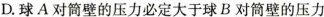
D.球A对筒壁的压力必定大于球B对筒壁的压力